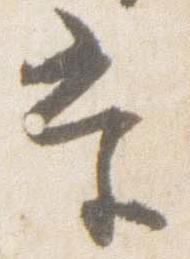
当